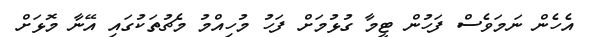
އެހެން ނަމަވެސް ފަހުން ޓީމާ ގުޅުމަށް ފަހު މުހިއްމު މެޗުތަކުގައި އޭނާ މޮޅަށް